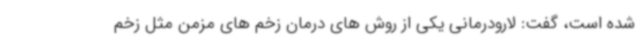
شده است، گفت: لارودرمانی یکی از روش های درمان زخم های مزمن مثل زخم